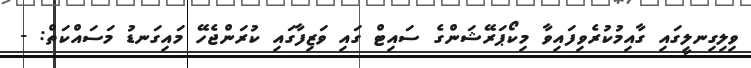
ވިލިގިނލީގައި ގާއިމުކުރެވިފައިވާ މިކޯޕަރޭޝަންގެ ސައިޓް ގައި ވަޒިފާގައި ކުރަންޖެހޭ މައިގަނޑު މަސައްކަތް: -